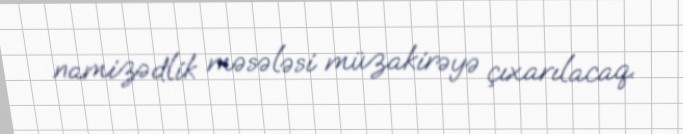
namizədlik məsələsi müzakirəyə çıxarılacaq.